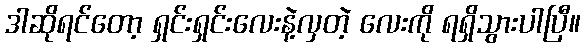
ဒါဆိုရင်တော့ ရှင်းရှင်းလေးနဲ့လှတဲ့ လေးကို ရရှိသွားပါပြီ။